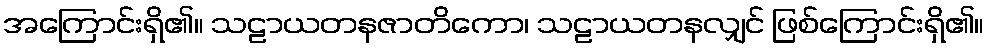
အကြောင်းရှိ၏။ သဠာယတနဇာတိကော၊ သဠာယတနလျှင် ဖြစ်ကြောင်းရှိ၏။